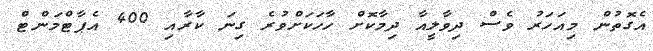
އެގޮތުން މިއަހަރު ވެސް ދިވާލީއާ ދިމާކޮށް ހާހަކަށްވުރެ ގިނަ ކާރާއި 400 އެޕާޓްމަންޓް